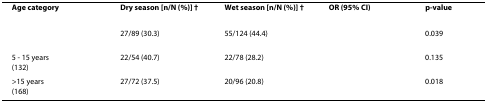
<table><thead><tr><td><b>Age category</b></td><td><b>Dry season [n/N (%)] †</b></td><td><b>Wet season [n/N (%)] †</b></td><td><b>OR (95% CI)</b></td><td><b>p-value</b></td></tr></thead><tbody><tr><td>[EMPTY_CELL]</td><td>27/89 (30.3)</td><td>55/124 (44.4)</td><td>[EMPTY_CELL]</td><td>0.039</td></tr><tr><td>5 - 15 years(132)</td><td>22/54 (40.7)</td><td>22/78 (28.2)</td><td>[EMPTY_CELL]</td><td>0.135</td></tr><tr><td>&gt;15 years(168)</td><td>27/72 (37.5)</td><td>20/96 (20.8)</td><td>[EMPTY_CELL]</td><td>0.018</td></tr></tbody></table>